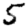
Digit: 5